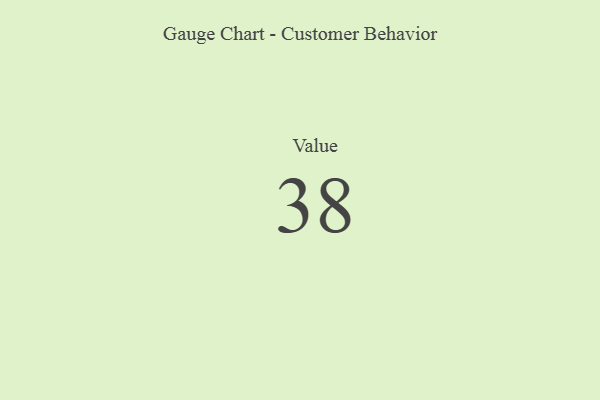
{"axis": {"x": "Metric", "y": "Value"}, "legend": [""], "data": [{"x": "Value", "y": 38, "type": ""}]}